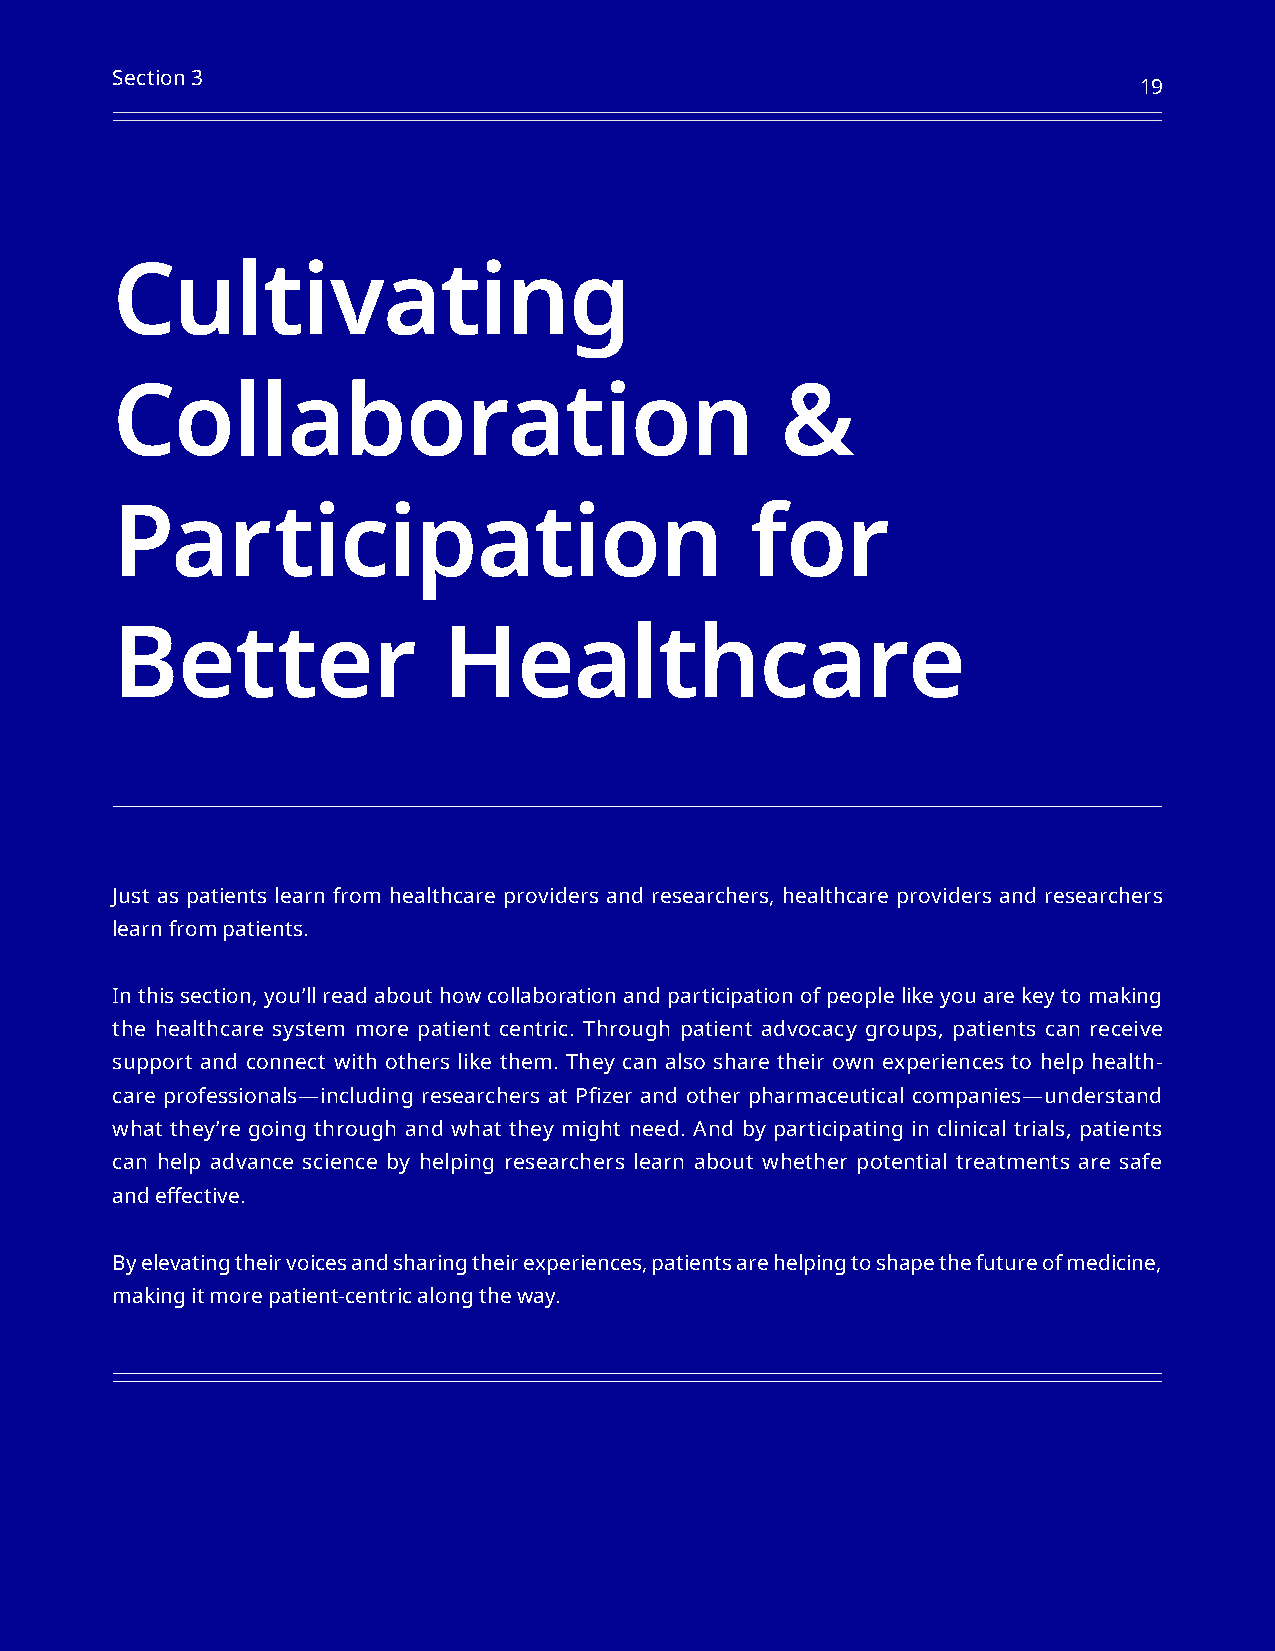
Section 3                                                           19
 19
 Cultivating
 Collaboration                                &
 Participation                              for
 Better                Healthcare
 Just as patients learn from healthcare providers and researchers, healthcare providers and researchers
 learn from patients.
 In this section, you’ll read about how collaboration and participation of people like you are key to making
 the healthcare system more patient centric. Through patient advocacy groups, patients can receive
 support and connect with others like them. They can also share their own experiences to help health-
 care professionals—including researchers at Pfizer and other pharmaceutical companies—understand
 what they’re going through and what they might need. And by participating in clinical trials, patients
 can help advance science by helping researchers learn about whether potential treatments are safe
 and effective.
 By elevating their voices and sharing their experiences, patients are helping to shape the future of medicine,
 making it more patient-centric along the way.